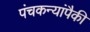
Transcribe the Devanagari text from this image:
पंचकन्यांपैकी